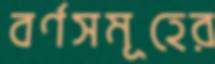
বর্ণসমূহের